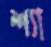
শ্যা